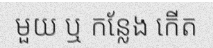
មួយ ឬ កន្លែង កើត